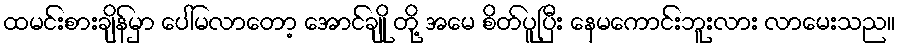
ထမင်းစားချိန်မှာ ပေါ်မလာတော့ အောင်ချို တို့ အမေ စိတ်ပူပြီး နေမကောင်းဘူးလား လာမေးသည။